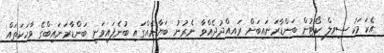
އެކަމަކު ސިވިލް ކޯޓުން ބަންޑާރަނައިބަށް ރައއްދުދެއްވާ ނެރުނު ބަޔާނެއްގައި ބުނެފައިވަނީ ބަންޑާރަނައިބްގެ ވާހަކަތައް